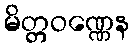
မိတ္တဝဏ္ဏေန